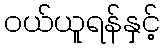
ဝယ်ယူရန်နှင့်